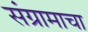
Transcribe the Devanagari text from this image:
संग्रामाचा